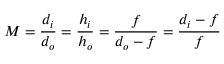
M = { \frac { d _ { i } } { d _ { o } } } = { \frac { h _ { i } } { h _ { o } } } = { \frac { f } { d _ { o } - f } } = { \frac { d _ { i } - f } { f } }